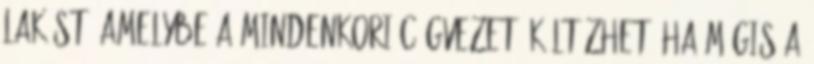
lakást, amelybe a mindenkori cégvezető költözhet. Ha mégis a